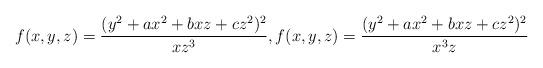
LaTeX: \begin{gather*}f(x,y,z)=\dfrac{(y^2+ax^2+bxz+cz^2)^2}{xz^{3}},f(x,y,z)=\dfrac{(y^2+ax^2+bxz+cz^2)^2}{x^3z}\\\end{gather*}